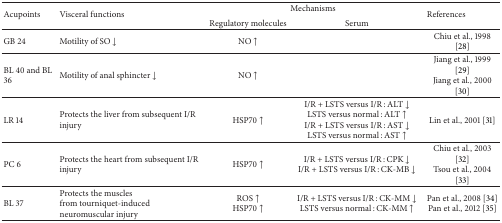
<table><thead><tr><td rowspan="2"><b>Acupoints</b></td><td rowspan="2"><b>Visceral functions</b></td><td colspan="2"><b>Mechanisms</b></td><td><b>References</b></td></tr><tr><td><b>Regulatory molecules</b></td><td><b>Serum</b></td></tr></thead><tbody><tr><td>GB 24</td><td>Motility of SO ↓</td><td>NO ↑</td><td> </td><td>Chiu et al., 1998 [28]</td></tr><tr><td>BL 40 and BL 36</td><td>Motility of anal sphincter ↓</td><td>NO ↑</td><td> </td><td>Jiang et al., 1999 [29]Jiang et al., 2000 [30]</td></tr><tr><td>LR 14</td><td>Protects the liver from subsequent I/R injury</td><td>HSP70 ↑</td><td>I/R + LSTS versus I/R : ALT ↓LSTS versus normal : ALT ↑I/R + LSTS versus I/R : AST ↓LSTS versus normal : AST ↑</td><td>Lin et al., 2001 [31]</td></tr><tr><td>PC 6</td><td>Protects the heart from subsequent I/R injury</td><td>HSP70 ↑</td><td>I/R + LSTS versus I/R : CPK ↓I/R + LSTS versus I/R : CK-MB ↓</td><td>Chiu et al., 2003 [32] Tsou et al., 2004 [33]</td></tr><tr><td>BL 37</td><td>Protects the musclesfrom tourniquet-induced neuromuscular injury</td><td>ROS ↑HSP70 ↑</td><td>I/R + LSTS versus I/R : CK-MM ↓LSTS versus normal : CK-MM ↑</td><td>Pan et al., 2008 [34]Pan et al., 2012 [35]</td></tr></tbody></table>